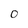
Character: 0